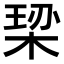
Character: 𪲠